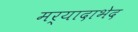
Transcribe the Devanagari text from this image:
मर्यादाभेद